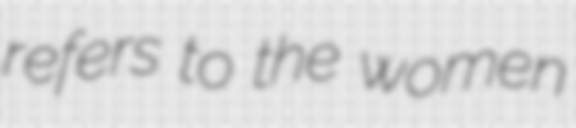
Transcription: refers to the women